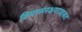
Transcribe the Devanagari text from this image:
विमासंरक्षणाबाबत